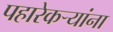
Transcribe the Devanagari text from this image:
पहारेकऱ्यांना